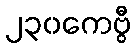
၂၃၀ကေဗွီ